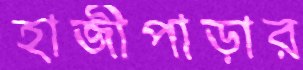
হাজীপাড়ার